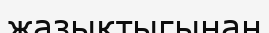
жазықтыгынан